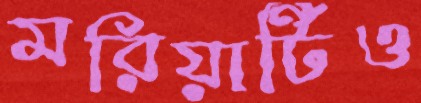
মরিয়ার্টিও